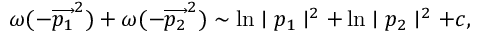
\omega ( - \overrightarrow { p _ { 1 } } ^ { 2 } ) + \omega ( - \overrightarrow { p _ { 2 } } ^ { 2 } ) \sim \ln \mid p _ { 1 } \mid ^ { 2 } + \ln \mid p _ { 2 } \mid ^ { 2 } + c ,